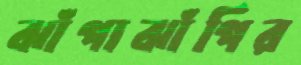
ঝাঁপাঝাঁপির